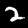
Digit: 2